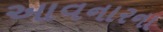
આવનારના